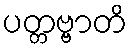
ပတ္တဗ္ဗာတိ